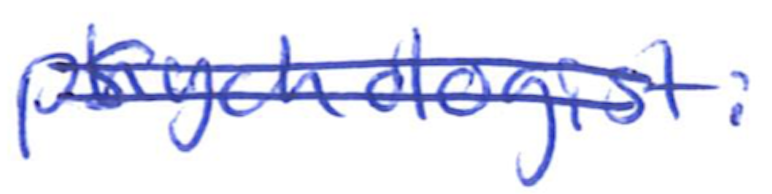
Text: psychologist.
Cross-out: double-line
Writing tool: ballpoint